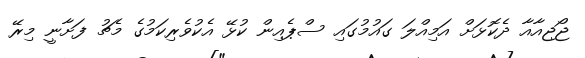
ޖޯޖިއާއާ ދެކޮޅަށް އަމިއްލަ ގައުމުގައި ސްޕެއިން ކުޅޭ އެކުވެރިކަމުގެ މެޗު ފަށާނީ މިރޭ